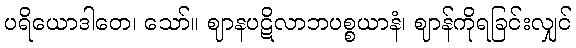
ပရိယောဒါတေ၊ သော်။ ဈာနပဋိလာဘပစ္စယာနံ၊ ဈာန်ကိုရခြင်းလျှင်